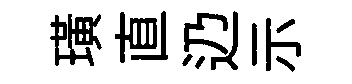
璜直辸示